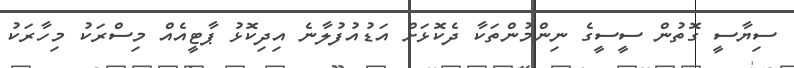
ސިޔާސީ ގޮތުން ސީސީގެ ނިންމުންތަކާ ދެކޮޅަށް އަޑުއުފުލާނެ އިދިކޮޅު ޕާޓީއެއް މިސްރަކު މިހާރަކު